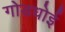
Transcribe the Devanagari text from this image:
गोडधोई